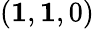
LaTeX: (\mathbf{1},\mathbf{1},0)